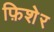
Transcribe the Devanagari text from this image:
फ़िशेर